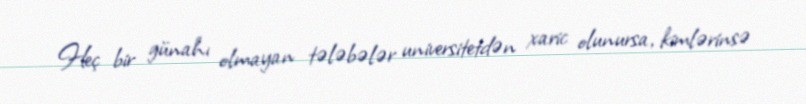
Heç bir günahı olmayan tələbələr universitetdən xaric olunursa, kimlərinsə